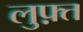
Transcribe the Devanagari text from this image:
लुफ़्त